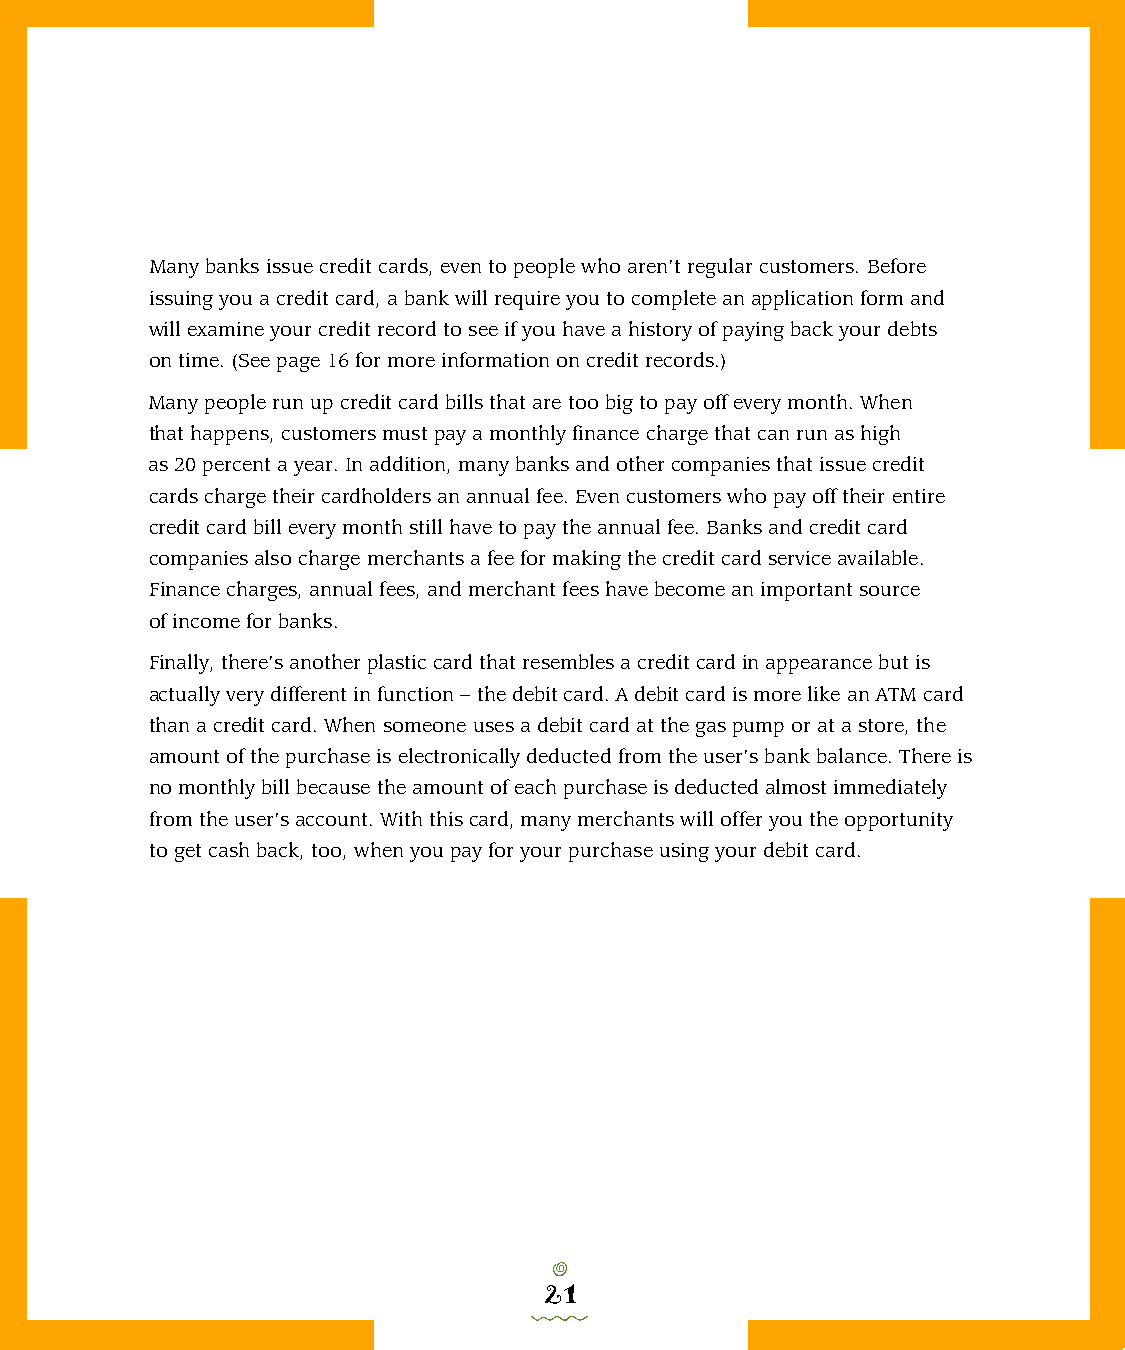
Many banks issue credit cards, even to people who aren’t regular customers. Before
 issuing you a credit card, a bank will require you to complete an application form and
 will examine your credit record to see if you have a history of paying back your debts
 on time. (See page 16 for more information on credit records.)
 Many people run up credit card bills that are too big to pay off every month. When
 that happens, customers must pay a monthly finance charge that can run as high
 as 20 percent a year. In addition, many banks and other companies that issue credit
 cards charge their cardholders an annual fee. Even customers who pay off their entire
 credit card bill every month still have to pay the annual fee. Banks and credit card
 companies also charge merchants a fee for making the credit card service available.
 Finance charges, annual fees, and merchant fees have become an important source
 of income for banks.
 Finally, there’s another plastic card that resembles a credit card in appearance but is
 actually very different in function – the debit card. A debit card is more like an ATM card
 than a credit card. When someone uses a debit card at the gas pump or at a store, the
 amount of the purchase is electronically deducted from the user’s bank balance. There is
 no monthly bill because the amount of each purchase is deducted almost immediately
 from the user’s account. With this card, many merchants will offer you the opportunity
 to get cash back, too, when you pay for your purchase using your debit card.
 o
 21
 0